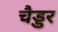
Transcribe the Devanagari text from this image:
चैड्डर